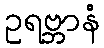
ဥရဗ္ဘာနံ